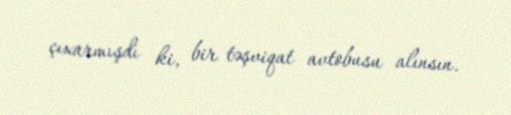
çıxarmışdı ki, bir təşviqat avtobusu alınsın.